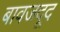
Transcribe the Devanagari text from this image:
बावजदूद